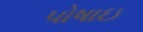
પોષાઇ